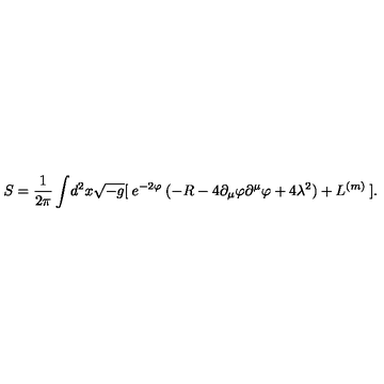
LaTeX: S = \frac { 1 } { 2 \pi } \int \! d ^ { 2 } x \sqrt { - g } [ \: e ^ { - 2 \varphi } \: ( - R - 4 \partial _ { \mu } \varphi \partial ^ { \mu } \varphi + 4 \lambda ^ { 2 } ) + L ^ { ( m ) } \: ] .